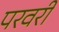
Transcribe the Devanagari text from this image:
परवरी